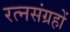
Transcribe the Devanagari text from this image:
रत्नसंग्रहों